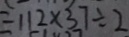
= 1 1 2 \times 3 7 \div 2